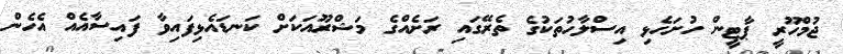
ޖުމްހޫރީ ޕާޓީން ހުށަހެޅި އިސްލާހުތަކުގެ ތެރޭގައި ރަށެއްގެ މަޝްރޫއަކަށް ކަނޑައެޅިފައިވާ ފައިސާއެއް އެހެން